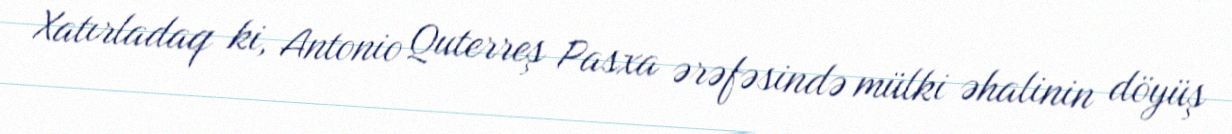
Xatırladaq ki, Antonio Quterreş Pasxa ərəfəsində mülki əhalinin döyüş